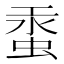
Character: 𧋔